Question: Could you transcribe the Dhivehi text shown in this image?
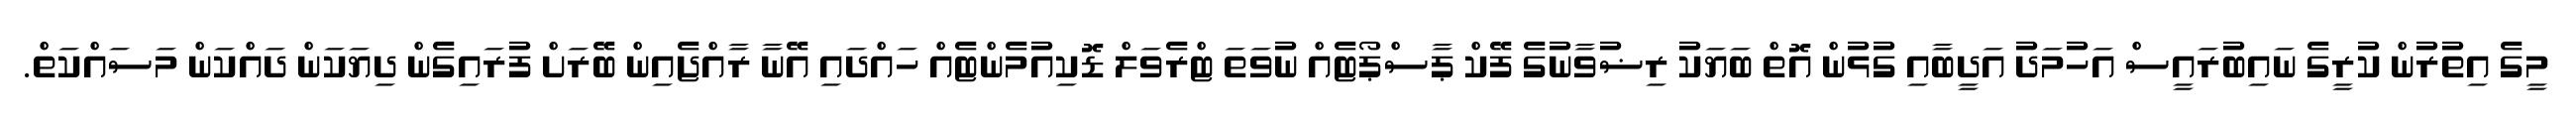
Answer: މީގެ އިތުރުން ކުރީގެ ނައިބުރައީސް އަހުމަދު އަދީބާއި ގުޅުން އޮތް ބަޔަކު ރިޟުވާނުގެ ފޭކް ޕާސްޕޯޓެއް ނުވަތަ ޓްރެވަލް ޑޮކިއުމެންޓެއް ހައްދައި އޭނާ ރާއްޖެއިން ބޭރަށް ފުރައިގެން ދިޔަކަން ދައްކަން މަސައްކަތް.